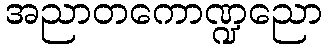
အညာတကောဏ္ဍညော